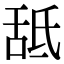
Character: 䑛